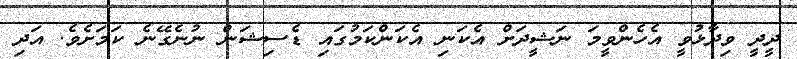
ދީދީ ވިދާޅުވީ އެހެންވީމަ ނަޝީދަށް އެކަނި އެކަންކަމުގައި ޑެސިޝަން ނުނެގޭނެ ކަމަށެވެ. އަދި